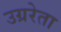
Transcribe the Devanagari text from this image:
उग्ररेता